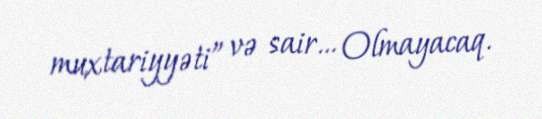
muxtariyyəti” və sair… Olmayacaq.